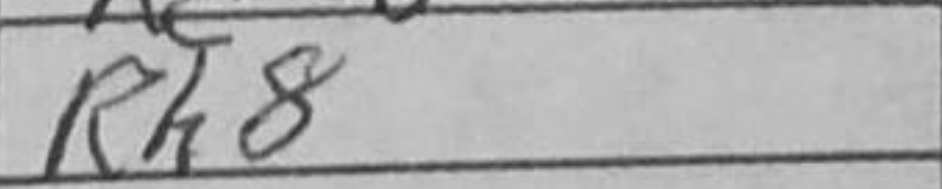
Transcription: Rh8